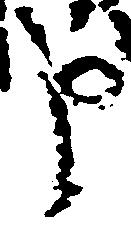
申